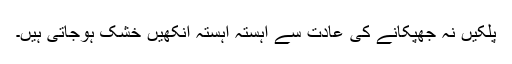
پلکیں نہ جھپکانے کی عادت سے آہستہ آہستہ آنکھیں خشک ہوجاتی ہیں۔